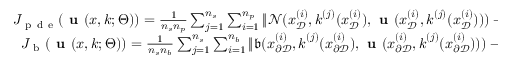
\begin{array} { r } { J _ { \mathrm { ~ p ~ d ~ e ~ } } ( \textbf { u } ( \boldsymbol { x } , \boldsymbol { k } ; \Theta ) ) = \frac { 1 } { n _ { s } n _ { p } } \sum _ { j = 1 } ^ { n _ { s } } \sum _ { i = 1 } ^ { n _ { p } } \| \mathcal { N } ( \boldsymbol { x } _ { \mathcal { D } } ^ { ( i ) } , \boldsymbol { k } ^ { ( j ) } ( \boldsymbol { x } _ { \mathcal { D } } ^ { ( i ) } ) , \textbf { u } ( \boldsymbol { x } _ { \mathcal { D } } ^ { ( i ) } , \boldsymbol { k } ^ { ( j ) } ( \boldsymbol { x } _ { \mathcal { D } } ^ { ( i ) } ) ) ) - f ( \boldsymbol { x } _ { \mathcal { D } } ^ { ( i ) } ) \| ^ { 2 } , } \\ { J _ { \mathrm { ~ b ~ } } ( \textbf { u } ( \boldsymbol { x } , \boldsymbol { k } ; \Theta ) ) = \frac { 1 } { n _ { s } n _ { b } } \sum _ { j = 1 } ^ { n _ { s } } \sum _ { i = 1 } ^ { n _ { b } } \| \mathfrak { b } ( \boldsymbol { x } _ { \partial \mathcal { D } } ^ { ( i ) } , \boldsymbol { k } ^ { ( j ) } ( \boldsymbol { x } _ { \partial \mathcal { D } } ^ { ( i ) } ) , \textbf { u } ( \boldsymbol { x } _ { \partial \mathcal { D } } ^ { ( i ) } , \boldsymbol { k } ^ { ( j ) } ( \boldsymbol { x } _ { \partial \mathcal { D } } ^ { ( i ) } ) ) ) - g ( \boldsymbol { x } _ { \partial \mathcal { D } } ^ { ( i ) } ) \| ^ { 2 } , } \end{array}